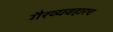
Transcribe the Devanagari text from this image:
गैरव्यवहारच